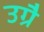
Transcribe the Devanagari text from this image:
उग्रै